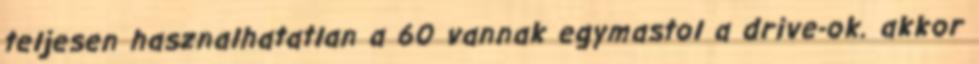
teljesen hasznalhatatlan a 60 vannak egymastol a drive-ok. akkor